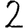
Digit: 2